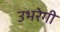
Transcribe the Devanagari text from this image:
उभरेगी